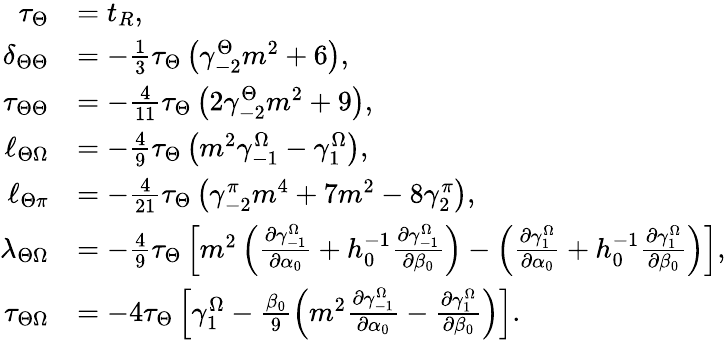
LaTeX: \begin{array}{rl}{\tau_{\Theta}}&{=t_{R},}\\ {\delta_{\Theta\Theta}}&{=-\frac{1}{3}\tau_{\Theta}\left(\gamma_{-2}^{\Theta}m^{2}+6\right),}\\ {\tau_{\Theta\Theta}}&{=-\frac{4}{11}\tau_{\Theta}\left(2\gamma_{-2}^{\Theta}m^{2}+9\right),}\\ {\ell_{\Theta\Omega}}&{=-\frac{4}{9}\tau_{\Theta}\left(m^{2}\gamma_{-1}^{\Omega}-\gamma_{1}^{\Omega}\right),}\\ {\ell_{\Theta\pi}}&{=-\frac{4}{21}\tau_{\Theta}\left(\gamma_{-2}^{\pi}m^{4}+7m^{2}-8\gamma_{2}^{\pi}\right),}\\ {\lambda_{\Theta\Omega}}&{=-\frac{4}{9}\tau_{\Theta}\left[m^{2}\left(\frac{\partial\gamma_{-1}^{\Omega}}{\partial\alpha_{0}}+h_{0}^{-1}\frac{\partial\gamma_{-1}^{\Omega}}{\partial\beta_{0}}\right)-\left(\frac{\partial\gamma_{1}^{\Omega}}{\partial\alpha_{0}}+h_{0}^{-1}\frac{\partial\gamma_{1}^{\Omega}}{\partial\beta_{0}}\right)\right],}\\ {\tau_{\Theta\Omega}}&{=-4\tau_{\Theta}\left[\gamma_{1}^{\Omega}-\frac{\beta_{0}}{9}\left(m^{2}\frac{\partial\gamma_{-1}^{\Omega}}{\partial\alpha_{0}}-\frac{\partial\gamma_{1}^{\Omega}}{\partial\beta_{0}}\right)\right].}\end{array}